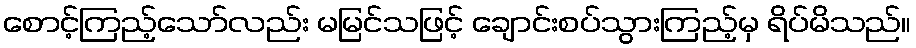
စောင့်ကြည့်သော်လည်း မမြင်သဖြင့် ချောင်းစပ်သွားကြည့်မှ ရိပ်မိသည်။